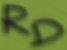
Text: RD